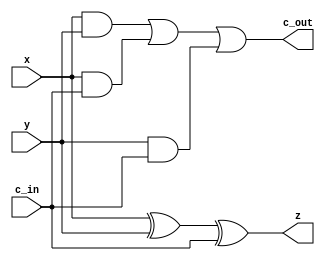
module FAC(
  input x, y, c_in,
  output z, c_out
  );
  
  assign z = x ^ y ^ c_in;
  assign c_out = (x & y) | (x & c_in) | (y & c_in);
  
endmodule

module parallel_adder_subtractor(
  input operation_type,
  input sign_in,
  input [7:0] x,
  input [7:0] y,
  output [7:0] result,
  output sign_out
);

  wire [9:0] carries;
  wire [8:0] sum;
  
  reg [8:0] x_ext;
  reg [8:0] y_ext;
  
  assign carries[0] = ~operation_type;
  
  always @(*) begin
    x_ext = {sign_in, x};
    y_ext = {1'b0, y};
  end
  
  genvar i;
  generate
    for (i = 0; i < 9; i = i + 1) begin
      FAC add_inst(.x(x_ext[i]), .y((operation_type) ? y_ext[i] : ~y_ext[i]), .c_in(carries[i]), .z(sum[i]), .c_out(carries[i+1]));
    end
  endgenerate
  
  assign result = sum[7:0];
  assign sign_out = sum[8];
  
endmodule